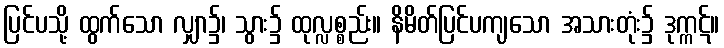
ပြင်ပသို့ ထွက်သော လျှာ၌၊ သွား၌ ထုလ္လစ္စည်း။ နိမိတ်ပြင်ပကျသော အသားတုံး၌ ဒုက္ကဋ်။